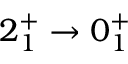
2 _ { 1 } ^ { + } \rightarrow 0 _ { 1 } ^ { + }